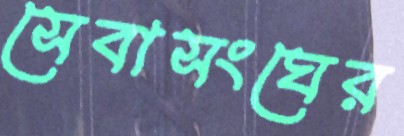
সেবাসংঘের